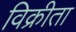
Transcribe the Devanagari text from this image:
विक्रीता